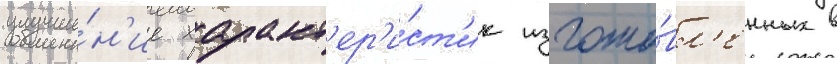
улучше́н'ие характ'ер'и́ст'ик изгото́вл'енных в